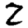
Digit: 2